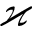
\varkappa